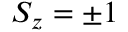
S _ { z } = \pm 1